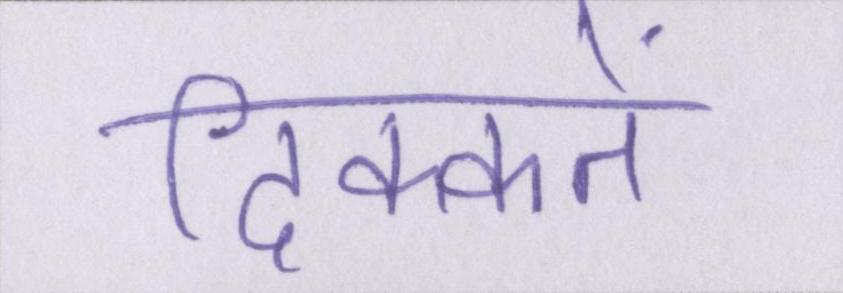
दिक्कतें